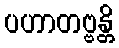
ပဟာတဗ္ဗန္တိ